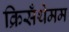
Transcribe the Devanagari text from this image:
क्रिसँथेमम